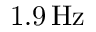
1 . 9 \, \mathrm { H z }